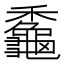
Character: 𪚼